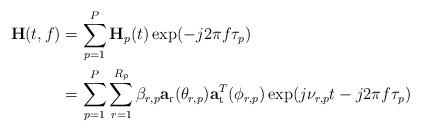
LaTeX: \begin{align*} \mathbf{H}(t,f)&=\sum_{p=1}^{P}\mathbf{H}_p(t)\exp(-j2\pi f \tau_p)\\ &=\sum_{p=1}^{P}\sum_{r=1}^{R_p}\beta_{r,p}\mathbf{a}_{\mathrm{r}}(\theta_{r,p})\mathbf{a}^T_{\mathrm{t}}(\phi_{r,p})\exp(j\nu_{r,p}t-j2\pi f \tau_p)\end{align*}